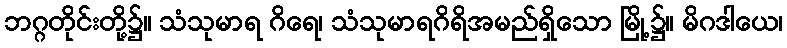
ဘဂ္ဂတိုင်းတို့၌။ သံသုမာရ ဂိရေ၊ သံသုမာရဂိရိအမည်ရှိသော မြို့၌။ မိဂဒါယေ၊